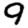
Digit: 9